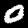
Label: 0